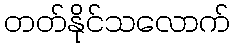
တတ်နိုင်သလောက်